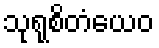
သုရုစိတံယေဝ